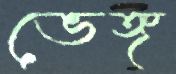
ভেঙ্গ